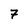
Character: 7